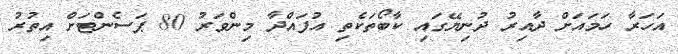
އަހަރާ ހަމައަށް ދާއިރު ދުނިޔޭގައި ކާބޯތަކެތި އުފައްދާ މިންވަރު 80 ޕަސެންޓަށް އިތުރު